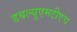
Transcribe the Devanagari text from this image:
डबल्यूएमटीएच